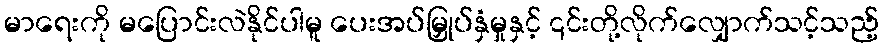
မာရေးကို မပြောင်းလဲနိုင်ပါမူ ပေးအပ်မြှုပ်နှံမှုနှင့် ၎င်းတို့လိုက်လျှောက်သင့်သည့်